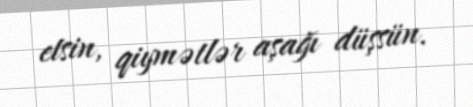
etsin, qiymətlər aşağı düşsün.